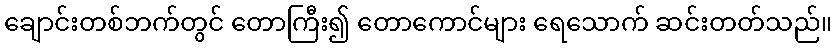
ချောင်းတစ်ဘက်တွင် တောကြီး၍ တောကောင်များ ရေသောက် ဆင်းတတ်သည်။